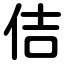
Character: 佶